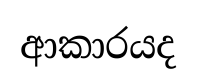
ආකාරයද